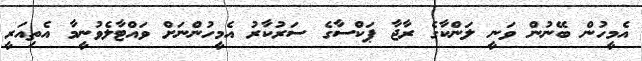
އެމީހުން ބޭނުން ވަނީ ލަންކާގެ ރާޖާ ޕަކްސާގެ ސަރުކާރު އެމީހުންނަށް ވައްޓާލެވުނީމާ އެތިއަރީ